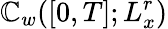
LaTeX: \mathbb{C}_{w}([0,T];L_{x}^{r})